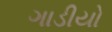
ગાડીયો